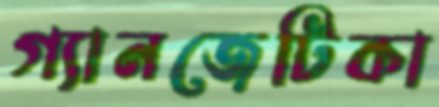
গ্যানজেটিকা